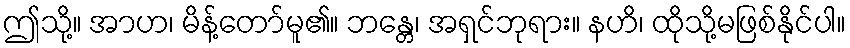
ဤသို့။ အာဟ၊ မိန့်တော်မူ၏။ ဘန္တေ၊ အရှင်ဘုရား။ နဟိ၊ ထိုသို့မဖြစ်နိုင်ပါ။